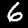
Digit: 6